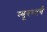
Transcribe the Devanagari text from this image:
न्यूरम्बर्ग